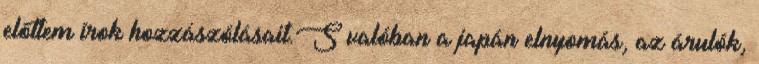
előttem írok hozzászólásait.S valóban a japán elnyomás, az árulók,